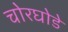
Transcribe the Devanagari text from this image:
चोरघोडे